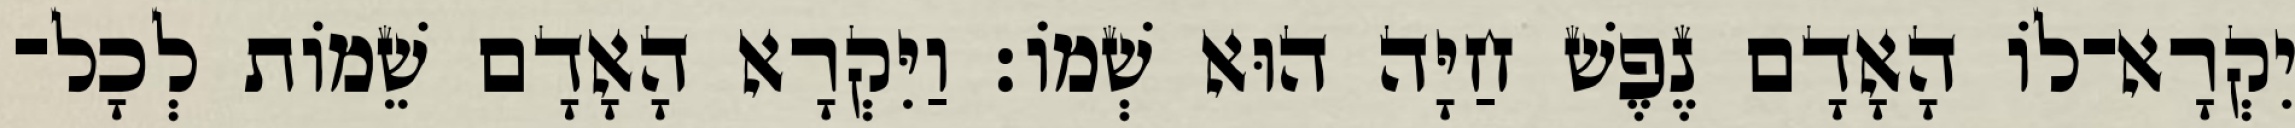
יִקְרָא־לֹו הָאָדָם נֶפֶשׁ חַיָּה הוּא שְׁמֹו׃ וַיִּקְרָא הָאָדָם שֵׁמֹות לְכָל־